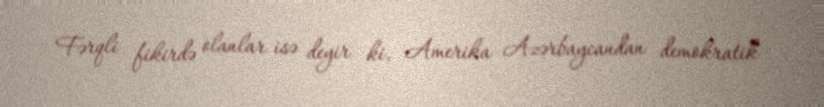
Fərqli fikirdə olanlar isə deyir ki, Amerika Azərbaycandan demokratik